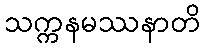
သက္ကနမဿနာတိ